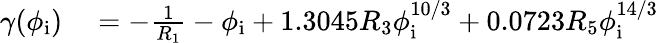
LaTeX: \begin{array}{rl}{\gamma(\phi_{\mathrm{i}})}&{{}=-\frac{1}{R_{1}}-\phi_{\mathrm{i}}+1.3045R_{3}\phi_{\mathrm{i}}^{10/3}+0.0723R_{5}\phi_{\mathrm{i}}^{14/3}}\end{array}